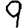
Digit: 9